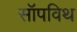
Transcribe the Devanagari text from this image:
सॉपविथ